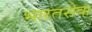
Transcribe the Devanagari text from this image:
भारतसेवा